Civil Veterinary Dept. Bombay admin report 1923-31 - 1923-1931
Year: 1923
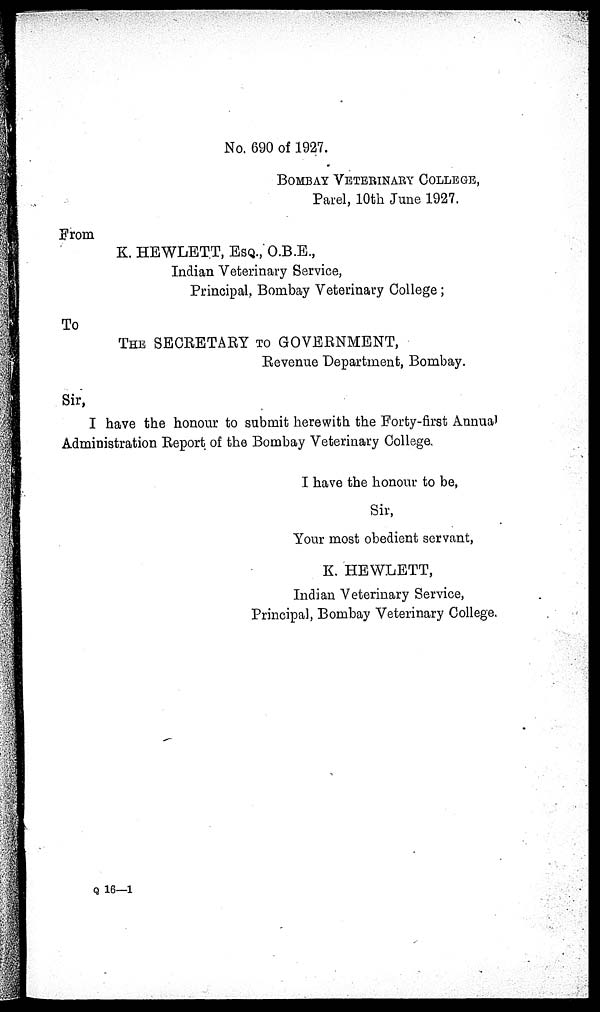
No. 690 of 1927.
BOMBAY VETERINARY COLLEGE
Parel, 10th June 1927.
From
K. HEWLETT, ESQ., O.B.E.,
Indian Veterinary Service,
Principal, Bombay Veterinary College;
To
THE SECRETARY TO GOVERNMENT,
Revenue Department, Bombay.
Sir,
I have the honour to submit herewith the Forty-first Annual
Administration Report of the Bombay Veterinary College.
I have the honour to be,
Sir,
Your most obedient servant,
K. HEWLETT,
Indian Veterinary Service,
Principal, Bombay Veterinary College.
Q 16—1